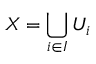
X = \bigcup _ { i \in I } U _ { i }